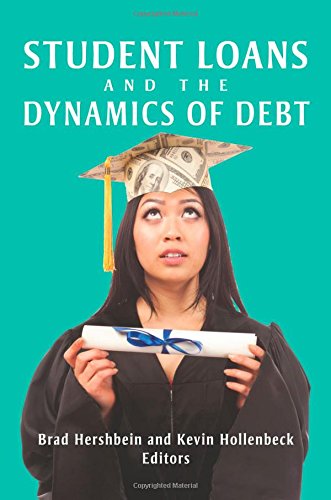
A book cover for Student Loans and the Dynamics of Debt; Hershbein Brad; Education & Teaching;